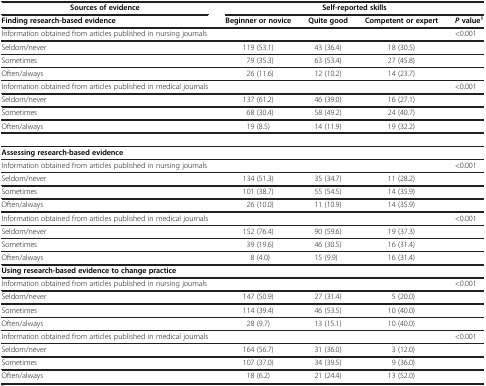
<table><thead><tr><td><b>Sources of evidence</b></td><td colspan="4"><b>Self-reported skills</b></td></tr><tr><td><b>Finding research-based evidence</b></td><td><b>Beginner or novice</b></td><td><b>Quite good</b></td><td><b>Competent or expert</b></td><td><b><i>P </i>value<sup>1</sup></b></td></tr></thead><tbody><tr><td>Information obtained from articles published in nursing journals</td><td> </td><td> </td><td> </td><td>&lt;0.001</td></tr><tr><td>Seldom/never</td><td>119 (53.1)</td><td>43 (36.4)</td><td>18 (30.5)</td><td> </td></tr><tr><td>Sometimes</td><td>79 (35.3)</td><td>63 (53.4)</td><td>27 (45.8)</td><td> </td></tr><tr><td>Often/always</td><td>26 (11.6)</td><td>12 (10.2)</td><td>14 (23.7)</td><td> </td></tr><tr><td>Information obtained from articles published in medical journals</td><td> </td><td> </td><td> </td><td>&lt;0.001</td></tr><tr><td>Seldom/never</td><td>137 (61.2)</td><td>46 (39.0)</td><td>16 (27.1)</td><td> </td></tr><tr><td>Sometimes</td><td>68 (30.4)</td><td>58 (49.2)</td><td>24 (40.7)</td><td> </td></tr><tr><td>Often/always</td><td>19 (8.5)</td><td>14 (11.9)</td><td>19 (32.2)</td><td> </td></tr><tr><td> </td><td> </td><td> </td><td> </td><td> </td></tr><tr><td><b>Assessing research-based evidence</b></td><td> </td><td> </td><td> </td><td> </td></tr><tr><td>Information obtained from articles published in nursing journals</td><td> </td><td> </td><td> </td><td>&lt;0.001</td></tr><tr><td>Seldom/never</td><td>134 (51.3)</td><td>35 (34.7)</td><td>11 (28.2)</td><td> </td></tr><tr><td>Sometimes</td><td>101 (38.7)</td><td>55 (54.5)</td><td>14 (35.9)</td><td> </td></tr><tr><td>Often/always</td><td>26 (10.0)</td><td>11 (10.9)</td><td>14 (35.9)</td><td> </td></tr><tr><td>Information obtained from articles published in medical journals</td><td> </td><td> </td><td> </td><td>&lt;0.001</td></tr><tr><td>Seldom/never</td><td>152 (76.4)</td><td>90 (59.6)</td><td>19 (37.3)</td><td> </td></tr><tr><td>Sometimes</td><td>39 (19.6)</td><td>46 (30.5)</td><td>16 (31.4)</td><td> </td></tr><tr><td>Often/always</td><td>8 (4.0)</td><td>15 (9.9)</td><td>16 (31.4)</td><td> </td></tr><tr><td><b>Using research-based evidence to change practice</b></td><td> </td><td> </td><td> </td><td> </td></tr><tr><td>Information obtained from articles published in nursing journals</td><td> </td><td> </td><td> </td><td>&lt;0.001</td></tr><tr><td>Seldom/never</td><td>147 (50.9)</td><td>27 (31.4)</td><td>5 (20.0)</td><td> </td></tr><tr><td>Sometimes</td><td>114 (39.4)</td><td>46 (53.5)</td><td>10 (40.0)</td><td> </td></tr><tr><td>Often/always</td><td>28 (9.7)</td><td>13 (15.1)</td><td>10 (40.0)</td><td> </td></tr><tr><td>Information obtained from articles published in medical journals</td><td> </td><td> </td><td> </td><td>&lt;0.001</td></tr><tr><td>Seldom/never</td><td>164 (56.7)</td><td>31 (36.0)</td><td>3 (12.0)</td><td> </td></tr><tr><td>Sometimes</td><td>107 (37.0)</td><td>34 (39.5)</td><td>9 (36.0)</td><td> </td></tr><tr><td>Often/always</td><td>18 (6.2)</td><td>21 (24.4)</td><td>13 (52.0)</td><td> </td></tr></tbody></table>